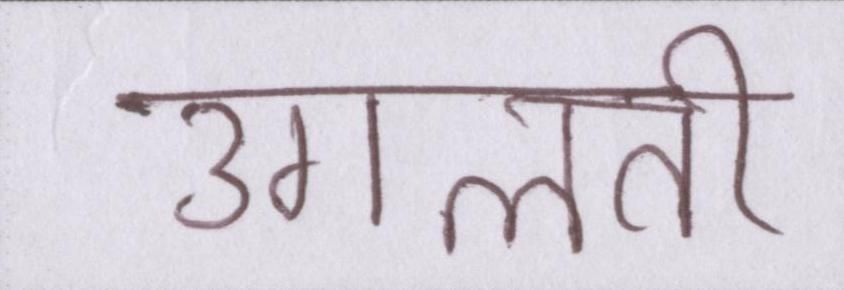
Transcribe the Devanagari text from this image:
उगलती